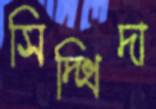
সিদ্ধিদা